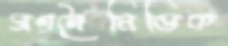
গণনৈমিত্তিক